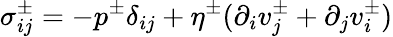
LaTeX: \sigma_{ij}^{\pm}=-p^{\pm}\delta_{ij}+\eta^{\pm}(\partial_{i}v_{j}^{\pm}+\partial_{j}v_{i}^{\pm})